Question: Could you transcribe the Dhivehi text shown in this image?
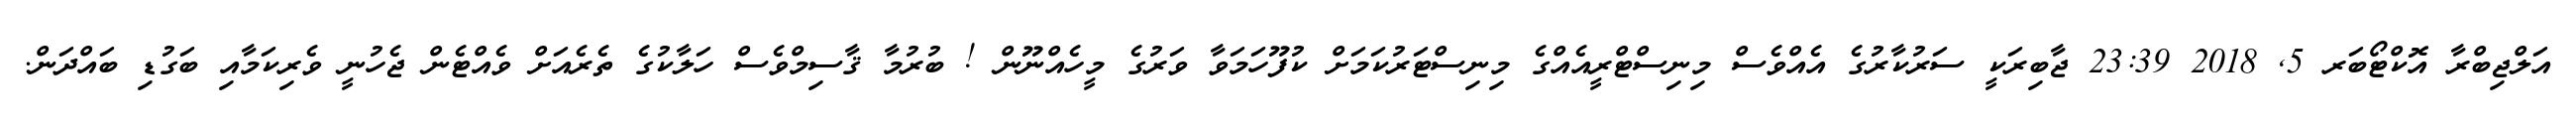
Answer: އަލްޖިބްރާ އޮކްޓޯބަރ 5, 2018 23:39 ޖާބިރަކީ ސަރުކާރުގެ އެއްވެސް މިނިސްޓްރީއެއްގެ މިނިސްޓަރުކަމަށް ކުފޫހަމަވާ ވަރުގެ މީހެއްނޫން ! ބުރުމާ ޤާސިމްވެސް ހަލާކުގެ ތެރެއަށް ވެއްޓެން ޖެހުނީ ވެރިކަމާއި ބަގުޑި ބައްދަން.